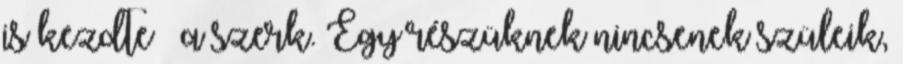
is kezdte – a szerk. Egy részüknek nincsenek szüleik,